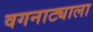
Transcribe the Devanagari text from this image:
वगनाट्याला